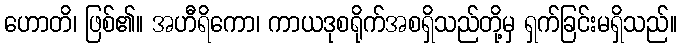
ဟောတိ၊ ဖြစ်၏။ အဟီရိကော၊ ကာယဒုစရိုက်အစရှိသည်တို့မှ ရှက်ခြင်းမရှိသည်။